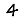
Digit: 4